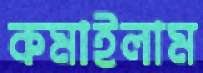
কমাইলাম